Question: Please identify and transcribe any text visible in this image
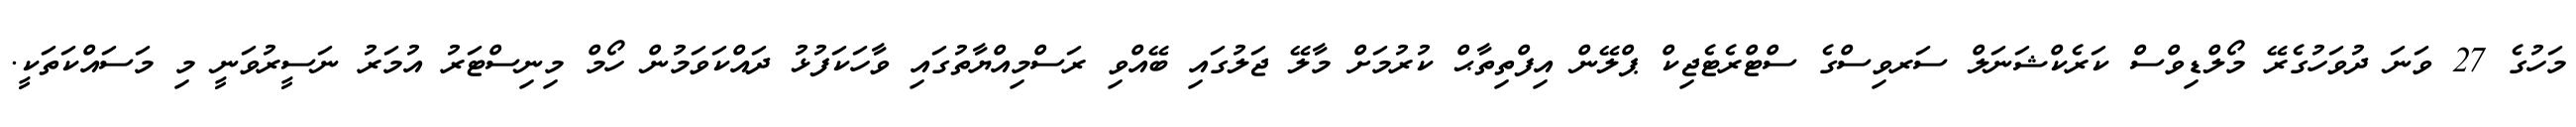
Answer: މަހުގެ 27 ވަނަ ދުވަހުގެރޭ މޯލްޑިވްސް ކަރެކްޝަނަލް ސަރވިސްގެ ސްޓްރެޓެޖިކް ޕްލޭން އިފްތިތާޙް ކުރުމަށް މާލޭ ޖަލުގައި ބޭއްވި ރަސްމިއްޔާތުގައި ވާހަކަފުޅު ދައްކަވަމުން ހޯމް މިނިސްޓަރު އުމަރު ނަސީރުވަނީ މި މަސައްކަތަކީ.